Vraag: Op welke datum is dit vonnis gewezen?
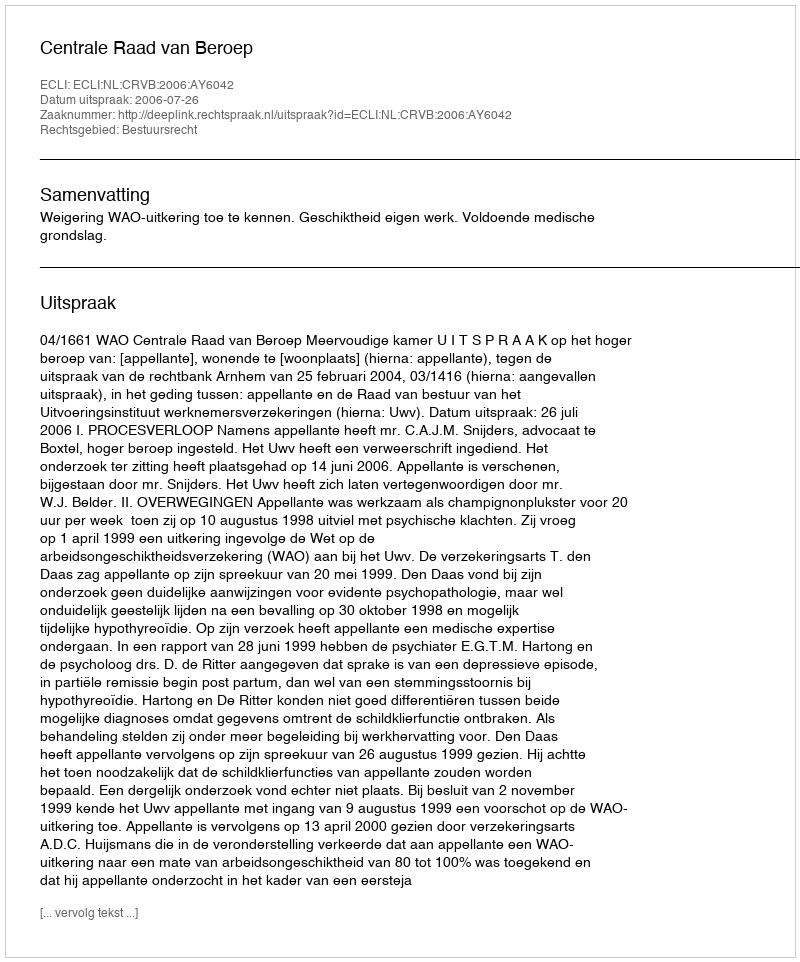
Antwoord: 2006-07-26